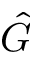
\hat { G }